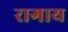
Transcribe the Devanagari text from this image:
रागाय